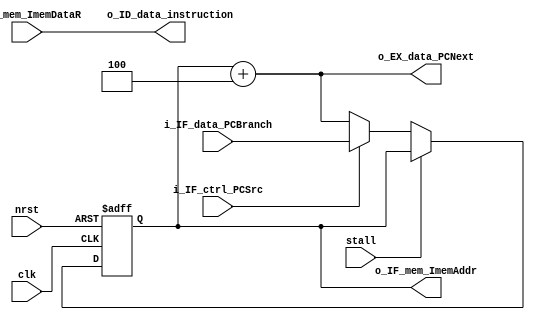
module IF(
	/* --- global --- */
	input	wire	clk,
	input	wire	nrst,
    input   wire    stall,
	/* --- input --- */
	input	wire			i_IF_ctrl_PCSrc,
	input	wire	[31:0]	i_IF_data_PCBranch,
	input	wire	[31:0]	i_IF_mem_ImemDataR,
	/* --- output --- */
	output	wire	[31:0]	o_EX_data_PCNext,
	output	wire	[31:0]	o_ID_data_instruction,
	output	wire	[31:0]	o_IF_mem_ImemAddr
);

    // parameter MIPS_START_ADDR = 32'h4001fffc;
    parameter MIPS_START_ADDR = 32'h0;

    reg [31:0] PC;
    wire [31:0] PCNext;
    wire [31:0] PCBranch;
    wire PCSrc;
    assign PCNext = PC + 32'd4;
    assign PCBranch = i_IF_data_PCBranch;
    assign PCSrc = i_IF_ctrl_PCSrc;

    always @ (posedge clk or negedge nrst) begin
        if (~nrst) begin
            PC <= MIPS_START_ADDR;
        end
        else begin
            if (stall)
                PC <= PC;
            else if (PCSrc)
                PC <= PCBranch;
            else
                PC <= PCNext;
        end
    end

	/* Output Assignment Begin */
	assign o_EX_data_PCNext = PCNext;
	assign o_ID_data_instruction = i_IF_mem_ImemDataR;
	assign o_IF_mem_ImemAddr = PC;
	/* Output Assignment End */

endmodule